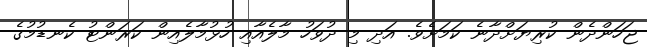
ޖަހަންދެން ކުރިޔަށްދާނެ ކަމަށެވެ. އަދި މި ދުވަހު މާލެއާއި ހުޅުމާލެއިން ކަރަންޓު ކެނޑުމުގެ